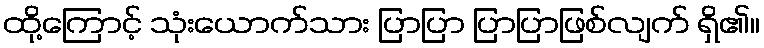
ထို့ကြောင့် သုံးယောက်သား ပြာပြာ ပြာပြာဖြစ်လျက် ရှိ၏။